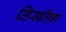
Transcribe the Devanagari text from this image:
व्हिसलिंग